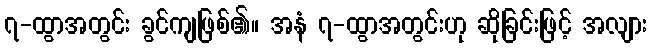
၇-ထွာအတွင်း ခွင်ကျဖြစ်၏။ အနံ ၇-ထွာအတွင်းဟု ဆိုခြင်းဖြင့် အလျား